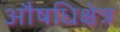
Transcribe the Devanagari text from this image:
औषधिक्षेत्र